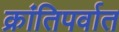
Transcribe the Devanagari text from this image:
क्रांतिपर्वात